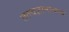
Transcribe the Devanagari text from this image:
तत्त्वज्ञानाचाच